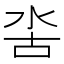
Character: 𣳖